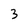
Character: 3